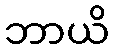
ဘာယိ